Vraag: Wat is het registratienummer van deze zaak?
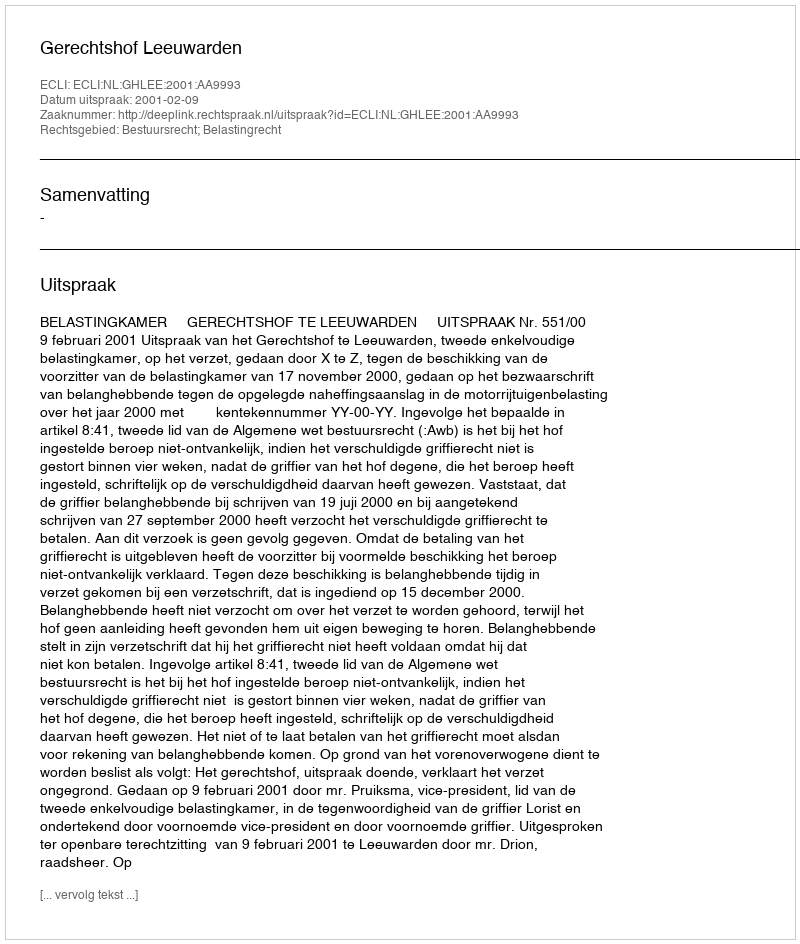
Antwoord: http://deeplink.rechtspraak.nl/uitspraak?id=ECLI:NL:GHLEE:2001:AA9993